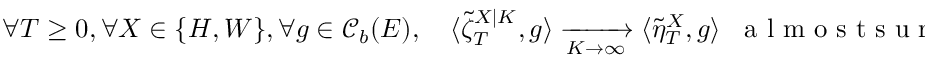
\forall T \geq 0 , \forall X \in \{ H , W \} , \forall g \in \mathcal { C } _ { b } ( E ) , \quad \langle \tilde { \zeta } _ { T } ^ { X | K } , g \rangle \xrightarrow [ K \to \infty ] { } \langle \tilde { \eta } _ { T } ^ { X } , g \rangle \; \; \mathrm { ~ a ~ l ~ m ~ o ~ s ~ t ~ s ~ u ~ r ~ e ~ l ~ y ~ } .